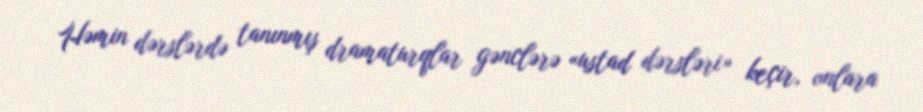
Həmin dərslərdə tanınmış dramaturqlar gənclərə «ustad dərsləri» keçir, onlara